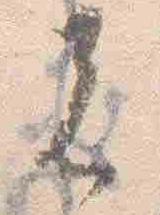
者